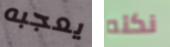
يعجبه نكته